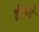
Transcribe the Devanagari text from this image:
ईकडे